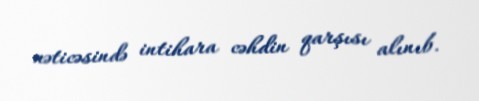
nəticəsində intihara cəhdin qarşısı alınıb.